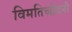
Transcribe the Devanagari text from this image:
विमतिच्छेदनी